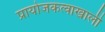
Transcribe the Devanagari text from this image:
प्रायोजकत्वाखाली